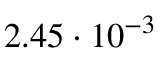
2 . 4 5 \cdot 1 0 ^ { - 3 }